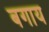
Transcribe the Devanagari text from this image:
बगाय